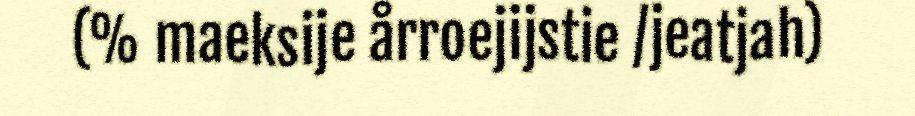
(% maeksije årroejijstie /jeatjah)